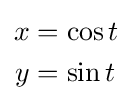
{\begin{aligned}x&=\cos t\\y&=\sin t\end{aligned}}